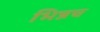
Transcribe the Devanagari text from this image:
भिन्नच